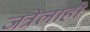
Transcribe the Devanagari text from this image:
जत्रेलाही